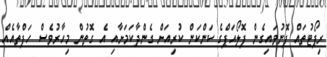
ރިޕޯޓުތައް ފޮނުވައިގެން ފޮލޯއަޕްގެ ކަންކަން ކުރިއަށް ގެންދާކަމަށާއި އެ ގޮތުން މިހާރުވެސް ހަފްތާއެއް